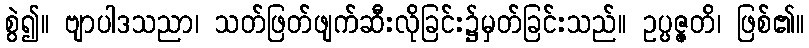
စွဲ၍။ ဗျာပါဒသညာ၊ သတ်ဖြတ်ဖျက်ဆီးလိုခြင်း၌မှတ်ခြင်းသည်။ ဥပ္ပဇ္ဇတိ၊ ဖြစ်၏။